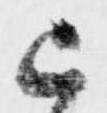
已